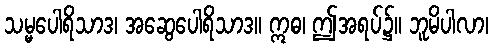
သမ္မပေါရိသာဒ၊ အဆွေပေါရိသာဒ။ ဣဓ၊ ဤအရပ်၌။ ဘူမိပါလာ၊